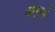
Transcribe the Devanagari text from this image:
खम्मूरब्बी